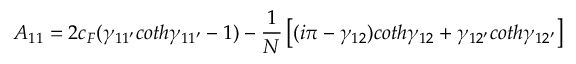
A _ { 1 1 } = 2 c _ { F } ( \gamma _ { 1 1 ^ { \prime } } c o t h \gamma _ { 1 1 ^ { \prime } } - 1 ) - { \frac { 1 } { N } } \left[ ( i \pi - \gamma _ { 1 2 } ) c o t h \gamma _ { 1 2 } + \gamma _ { 1 2 ^ { \prime } } c o t h \gamma _ { 1 2 ^ { \prime } } \right]